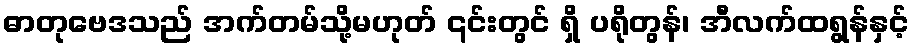
ဓာတုဗေဒသည် အက်တမ်သို့မဟုတ် ၎င်းတွင် ရှိ ပရိုတွန်၊ အီလက်ထရွန်နှင့်